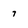
Character: 7